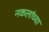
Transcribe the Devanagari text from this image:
नकलांच्या